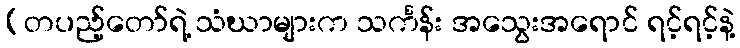
(တပည့်တော်ရဲ့ သံဃာများက သင်္ကန်း အသွေးအရောင် ရင့်ရင့်နဲ့